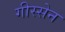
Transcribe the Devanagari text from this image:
गीस्सेन